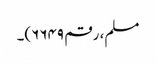
مسلم، رقم ۶۶۴۹)۔